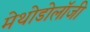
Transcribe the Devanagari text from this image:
मेथोडोलॉजी